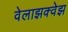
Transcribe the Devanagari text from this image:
वेलाझक्वेझ